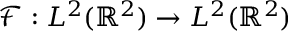
\mathcal { F } : { L ^ { 2 } ( \mathbb { R } ^ { 2 } ) } \to { L ^ { 2 } ( \mathbb { R } ^ { 2 } ) }